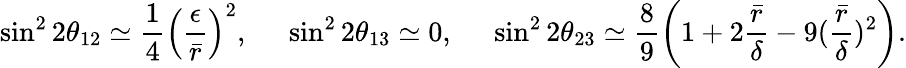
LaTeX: \sin^{2}2\theta_{12}\simeq\frac{1}{4}\left(\frac{\epsilon}{\bar{r}}\right)^{2},\; \; \; \; \; \sin^{2}2\theta_{13}\simeq 0,\; \; \; \; \; \sin^{2}2\theta_{23}\simeq\frac{8}{9}\left(1+2\frac{\bar{r}}{\delta}-9(\frac{\bar{r}}{\delta})^{2}\right).